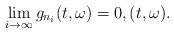
LaTeX: \begin{align*}\lim_{i\rightarrow \infty} g_{n_i}(t,\omega) = 0 , (t,\omega).\end{align*}